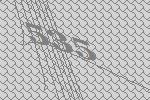
535